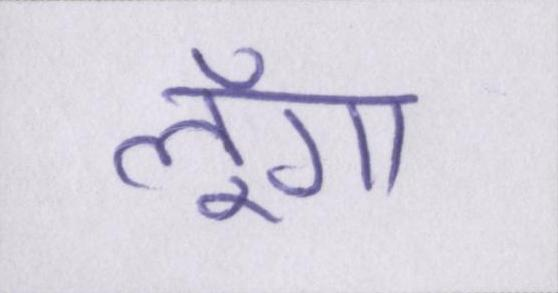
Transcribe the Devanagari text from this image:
लूँगा